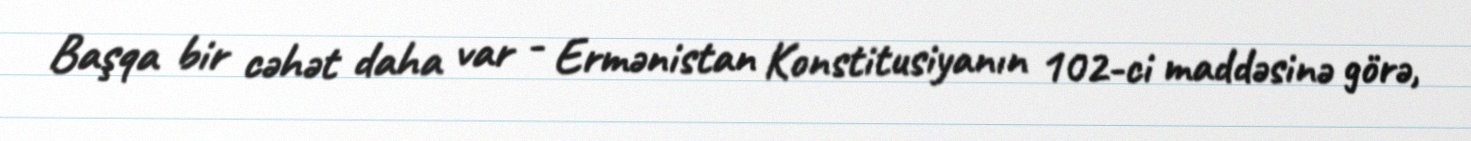
Başqa bir cəhət daha var - Ermənistan Konstitusiyanın 102-ci maddəsinə görə,